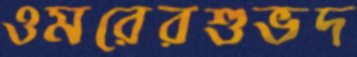
ওমরেরশুভদ